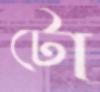
টো